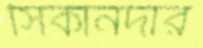
সিকানদার